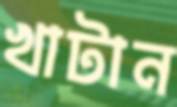
খাটান